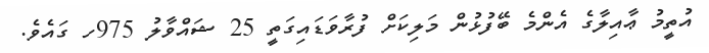
އުތީމު ޢާއިލާގެ އެންމެ ބޭފުޅުން މަލިކަށް ފުރާވަޑައިގަތީ 25 ޝައްވާލު 975ހ ގައެވެ.